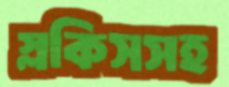
স্লকিসসহ